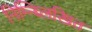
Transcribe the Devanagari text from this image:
निम्न्ब्लिखित